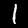
Digit: 1